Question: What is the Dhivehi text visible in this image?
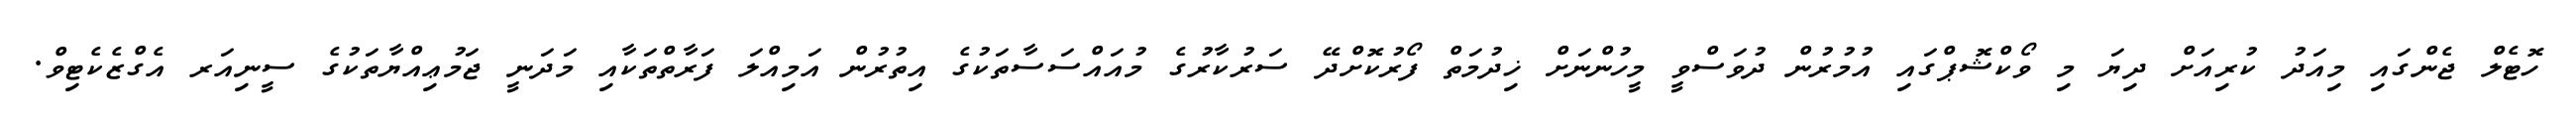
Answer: ހޮޓެލް ޖެންގައި މިއަދު ކުރިއަށް ދިޔަ މި ވޯކްޝޮޕްގައި އުމުރުން ދުވަސްވީ މީހުންނަށް ޚިދުމަތް ފޯރުކޮށްދޭ ސަރުކާރުގެ މުއައްސަސާތަކުގެ އިތުރުން އަމިއްލަ ފަރާތްތަކާއި މަދަނީ ޖަމުޢިއްޔާތަކުގެ ސީނިއަރ އެގްޒެކެޓިވް.